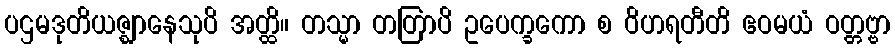
ပဌမဒုတိယဇ္ဈာနေသုပိ အတ္ထိ။ တသ္မာ တတြာပိ ဥပေက္ခကော စ ဝိဟရတီတိ ဧဝမယံ ဝတ္တဗ္ဗာ